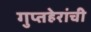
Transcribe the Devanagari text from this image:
गुप्तहेरांची